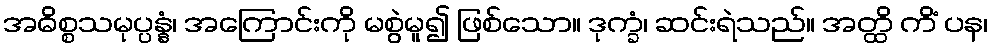
အဓိစ္စသမုပ္ပန္နံ၊ အကြောင်းကို မစွဲမူ၍ ဖြစ်သော။ ဒုက္ခံ၊ ဆင်းရဲသည်။ အတ္ထိ ကိံ ပန၊